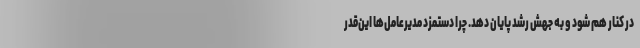
در کنار هم شود و به جهش رشد پایان دهد. چرا دستمزد مدیر‌عامل‌ها این‌قدر